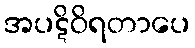
အပဋိဝိရတာပေ